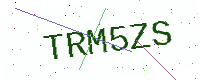
Text: TRM5ZS